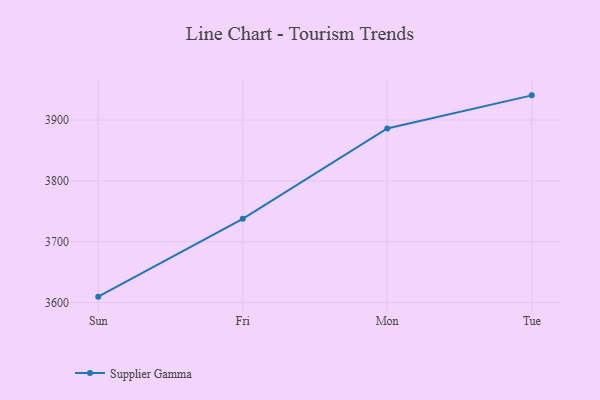
{"axis": {"x": "Day", "y": "Market Share (%)"}, "legend": ["Supplier Gamma"], "data": [{"x": "Sun", "y": 3609.6, "type": "Supplier Gamma"}, {"x": "Fri", "y": 3737.7, "type": "Supplier Gamma"}, {"x": "Mon", "y": 3886.2, "type": "Supplier Gamma"}, {"x": "Tue", "y": 3940.7, "type": "Supplier Gamma"}]}